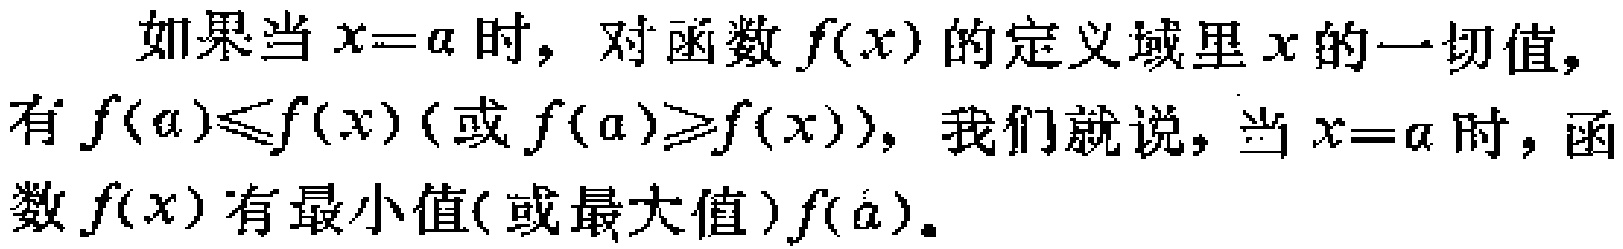
如果当 \(x = \alpha\) 时，对函数 \(f(x)\) 的定义域里 \(x\) 的一切值，有 \(f(\alpha)\leq f(x)\)（或 \(f(\alpha)\geq f(x)\)），我们就说，当 \(x = \alpha\) 时，函数 \(f(x)\) 有最小值（或最大值）\(f(\alpha)\)。